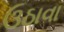
ઉઠાવા